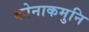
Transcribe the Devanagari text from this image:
कोनाकमुनि